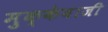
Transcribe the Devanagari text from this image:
मुक्‍केबाजी